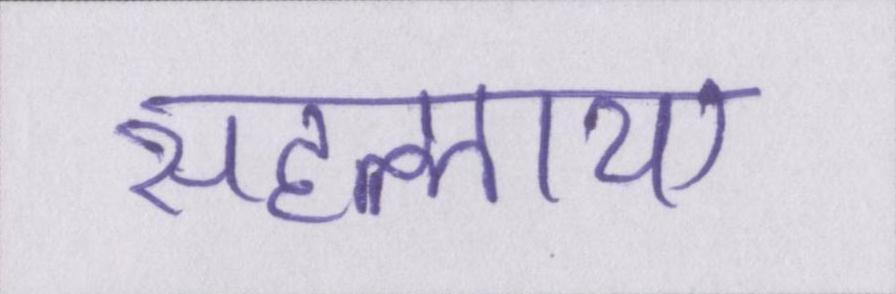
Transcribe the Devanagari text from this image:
सहलाया